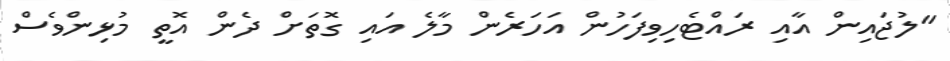
"ލުޖައިން އާއި ރައްޓެހިވިފަހުން އަހަރެން މާލެ އައި ގޮތަށް ދެން އޮތީ މުޅިންވެސް